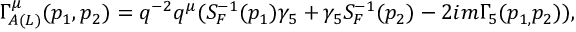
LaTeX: \Gamma _ { A ( L ) } ^ { \mu } ( p _ { 1 } , p _ { 2 } ) = q ^ { - 2 } q ^ { \mu } ( S _ { F } ^ { - 1 } ( p _ { 1 } ) \gamma _ { 5 } + \gamma _ { 5 } S _ { F } ^ { - 1 } ( p _ { 2 } ) - 2 i m \Gamma _ { 5 } ( p _ { 1 , } p _ { 2 } ) ) ,